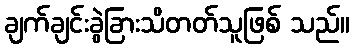
ချက်ချင်းခွဲခြားသိတတ်သူဖြစ် သည်။